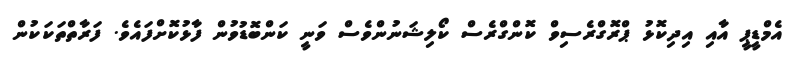
އެމްޑީޕީ އާއި އިދިކޮޅު ޕްރޮގްރެސިވް ކޮންގްރެސް ކޯލިޝަނުންވެސް ވަނީ ކަންބޮޑުވުން ފާޅުކޮށްފައެވެ. ފަރާތްތަކަކުން